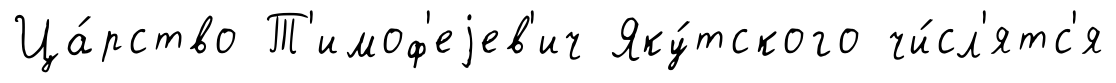
Ца́рство Т'имоф'еjев'ич Яку́тского чи́сл'ятс'я